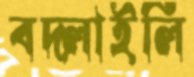
বদ্‌লাইলি